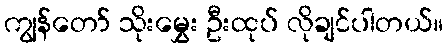
ကျွန်တော် သိုးမွှေး ဦးထုပ် လိုချင်ပါတယ်။